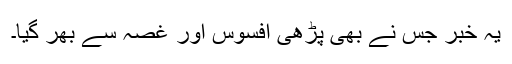
یہ خبر جس نے بھی پڑھی افسوس اور غصہ سے بھر گیا۔